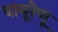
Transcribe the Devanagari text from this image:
वायूरेणू